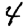
Digit: 4